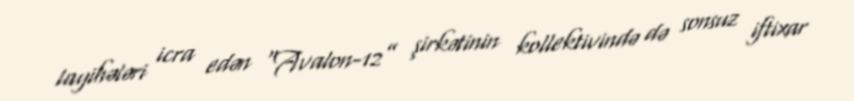
layihələri icra edən “Avalon-12” şirkətinin kollektivində də sonsuz iftixar